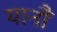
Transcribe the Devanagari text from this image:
यानौं